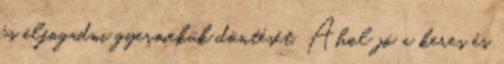
és elfogadni gyermekük döntését. Ahol jó a keres és